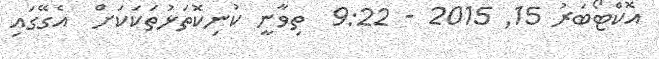
އޮކްޓޯބަރު 15